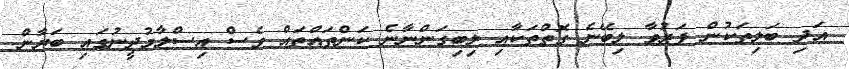
އަދި ބަލިތަކުން ފަރުވާ ލިބޭނެ ގޮތްތަކާއި ލިބިގަންނާނެ ކަންތައްތައް ވެސް އިސްލާމުދީނުގައި ބަޔާން